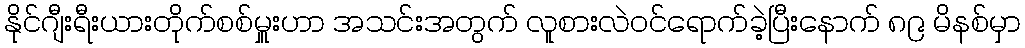
နိုင်ဂျီးရီးယားတိုက်စစ်မှူးဟာ အသင်းအတွက် လူစားလဲဝင်ရောက်ခဲ့ပြီးနောက် ၈၉ မိနစ်မှာ